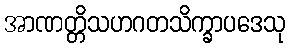
အာဏတ္တိသဟဂတသိက္ခာပဒေသု